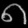
Digit: ၈